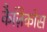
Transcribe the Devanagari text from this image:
कैज़िकोस